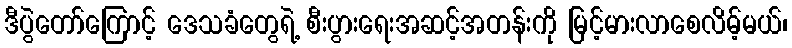
ဒီပွဲတော်ကြောင့် ဒေသခံတွေရဲ့ စီးပွားရေးအဆင့်အတန်းကို မြင့်မားလာစေလိမ့်မယ်၊